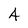
Character: 4